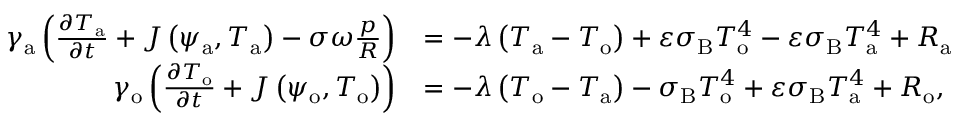
\begin{array} { r l } { \gamma _ { \mathrm { a } } \left( \frac { \partial T _ { \mathrm { a } } } { \partial t } + J \left( \psi _ { \mathrm { a } } , T _ { \mathrm { a } } \right) - \sigma \omega \frac { p } { R } \right) } & { = - \lambda \left( T _ { \mathrm { a } } - T _ { \mathrm { o } } \right) + \varepsilon \sigma _ { \mathrm { B } } T _ { \mathrm { o } } ^ { 4 } - \varepsilon \sigma _ { \mathrm { B } } T _ { \mathrm { a } } ^ { 4 } + R _ { \mathrm { a } } } \\ { \gamma _ { \mathrm { o } } \left( \frac { \partial T _ { \mathrm { o } } } { \partial t } + J \left( \psi _ { \mathrm { o } } , T _ { \mathrm { o } } \right) \right) } & { = - \lambda \left( T _ { \mathrm { o } } - T _ { \mathrm { a } } \right) - \sigma _ { \mathrm { B } } T _ { \mathrm { o } } ^ { 4 } + \varepsilon \sigma _ { \mathrm { B } } T _ { \mathrm { a } } ^ { 4 } + R _ { \mathrm { o } } , } \end{array}